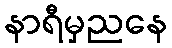
နာရီမှညနေ